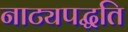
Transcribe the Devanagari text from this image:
नाट्यपद्धति